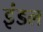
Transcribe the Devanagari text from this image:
इंडल